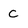
Character: C